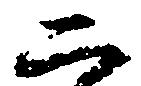
二